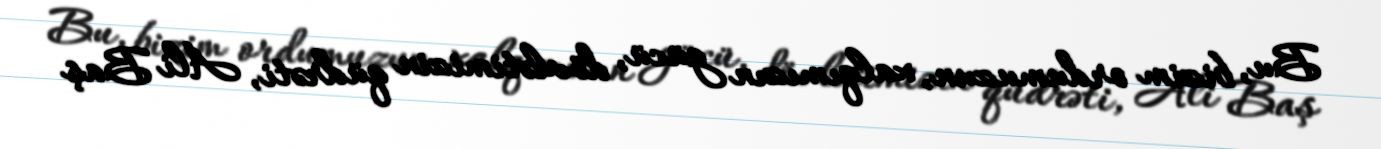
Bu, bizim ordumuzun, xalqımızın gücü, dövlətimizin qüdrəti, Ali Baş